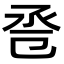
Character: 卺